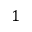
1